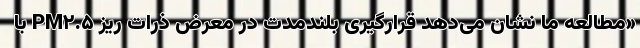
«مطالعه ما نشان می‌دهد قرارگیری بلندمدت در معرض ذرات ریز PM۲.۵ با